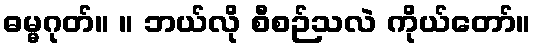
ဓမ္မဂုတ်။ ။ ဘယ်လို စီစဉ်သလဲ ကိုယ်တော်။